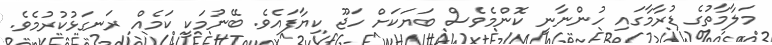
މަލާމާތުގެ ޑުރާމާގައި ހުންނާނީ ކޮންމެވެސް ބަޔަކަށް ހަޖޫ ކިޔާފައެވެ. ބޭނުމަކީ ކަމެއް ރަނގަޅުކުރުމެވެ.